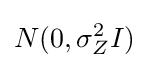
N(0,\sigma _{Z}^{2}I)